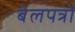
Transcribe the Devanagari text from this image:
बेलपत्रों